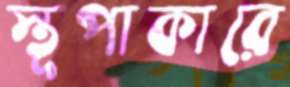
স্তূপাকারে